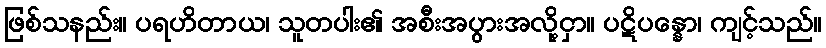
ဖြစ်သနည်း။ ပရဟိတာယ၊ သူတပါး၏ အစီးအပွားအလို့ငှာ။ ပဋိပန္နော၊ ကျင့်သည်။